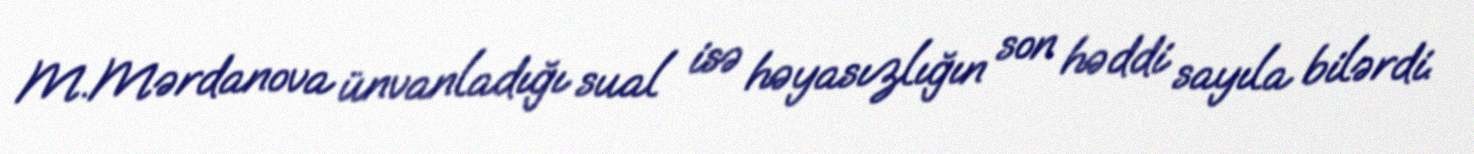
M.Mərdanova ünvanladığı sual isə həyasızlığın son həddi sayıla bilərdi.